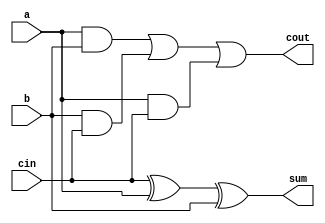
module Full_adder(a,b,cin,sum,cout);
  output sum,cout;
  input a,b,cin;
  wire c,d,e;
  xor x1(sum,cin,a,b);
  and x2(c,a,b);
  and x3(d,b,cin);
  and x4(e,a,cin);
  or x5(cout,c,d,e);
endmodule

module adder_subtracter(a0,a1,a2,a3,b0,b1,b2,b3,s0,s1,s2,s3,cout,m);
  output s0,s1,s2,s3,cout;
  input a0,a1,a2,a3,b0,b1,b2,b3,m;
  wire c0,c1,c2,cin,bin0,bin1,bin2,bin3;
  not g(cin,m);
  xor g0(bin0, cin , b0);
  xor g1(bin1, cin , b1);
  xor g2(bin2, cin , b2);
  xor g3(bin3, cin , b3);
  Full_adder F1(.a(a0),.b(bin0),.cin(cin),.sum(s0),.cout(c0));
  Full_adder F2(.a(a1),.b(bin1),.cin(c0),.sum(s1),.cout(c1));
  Full_adder F3(.a(a2),.b(bin2),.cin(c1),.sum(s2),.cout(c2));
  Full_adder F4(.a(a3),.b(bin3),.cin(c2),.sum(s3),.cout(cout));
endmodule